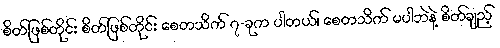
စိတ်ဖြစ်တိုင်း စိတ်ဖြစ်တိုင်း စေတသိက် ၇-ခုက ပါတယ်၊ စေတသိက် မပါဘဲနဲ့ စိတ်ချည့်